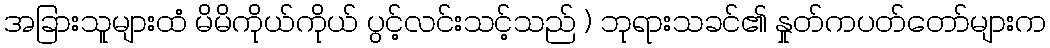
အခြားသူများထံ မိမိကိုယ်ကိုယ် ပွင့်လင်းသင့်သည် ) ဘုရားသခင်၏ နှုတ်ကပတ်တော်များက